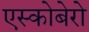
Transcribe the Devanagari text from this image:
एस्कोबेरो